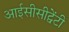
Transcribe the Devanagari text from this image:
आईसीसीट्वेंटी